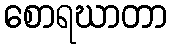
စောရဃာတာ